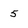
Character: 5